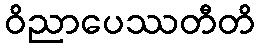
ဝိညာပေဿတီတိ